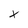
Character: X